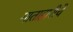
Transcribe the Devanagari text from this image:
माताहारीचे